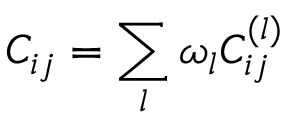
C _ { i j } = \sum _ { l } \omega _ { l } C _ { i j } ^ { ( l ) }